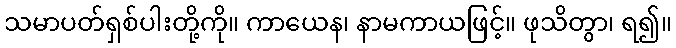
သမာပတ်ရှစ်ပါးတို့ကို။ ကာယေန၊ နာမကာယဖြင့်။ ဖုသိတွာ၊ ရ၍။